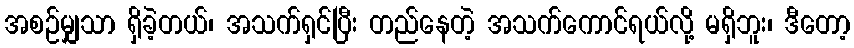
အစဉ်မျှသာ ရှိခဲ့တယ်၊ အသက်ရှင်ပြီး တည်နေတဲ့ အသက်ကောင်ရယ်လို့ မရှိဘူး၊ ဒီတော့